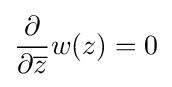
{\frac {\partial }{\partial {\overline {z}}}}w(z)=0